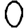
Digit: 0